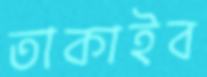
তাকাইব